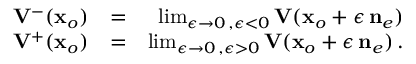
\begin{array} { r l r } { { { \bf V } } ^ { - } ( { \bf x } _ { o } ) } & { = } & { \operatorname* { l i m } _ { \epsilon \rightarrow 0 \, , \epsilon < 0 } { \bf V } ( { \bf x } _ { o } + \epsilon \, { { \bf n } } _ { e } ) } \\ { { { \bf V } } ^ { + } ( { \bf x } _ { o } ) } & { = } & { \operatorname* { l i m } _ { \epsilon \rightarrow 0 \, , \epsilon > 0 } { \bf V } ( { \bf x } _ { o } + \epsilon \, { { \bf n } } _ { e } ) \, . } \end{array}